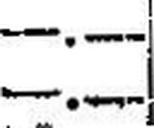
—.—